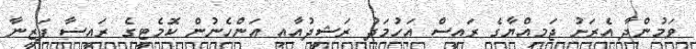
ވަމުންދާ އެރަށު ޖަމިއްޔާގެ ރައީސް އަހުމަދު ރަޝީދުއާއި އަންހެނުން ކޮމެޓީގެ ރައީސާ ފަޒީނާ